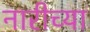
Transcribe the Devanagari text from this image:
नारीच्या